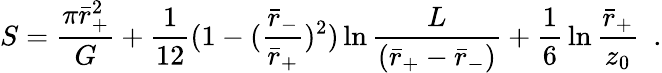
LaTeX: S={\frac{\pi\bar{r}_{+}^{2}}{G}}+{\frac{1}{12}}(1-({\frac{\bar{r}_{-}}{\bar{r}_{+}}})^{2})\ln{\frac{L}{(\bar{r}_{+}-\bar{r}_{-})}}+{\frac{1}{6}}\ln{\frac{\bar{r}_{+}}{z_{0}}}~~.